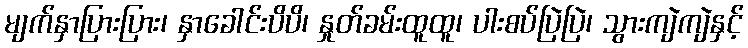
မျက်နှာပြားပြား၊ နှာခေါင်းပိပိ၊ နှုတ်ခမ်းထူထူ၊ ပါးစပ်ပြဲပြဲ၊ သွားကျဲကျဲနှင့်